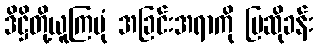
ဒိဋ္ဌိတို့ယူကြပုံ အခြင်းအရာကို ပြဆိုခန်း